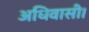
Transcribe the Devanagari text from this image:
अधिवासी।